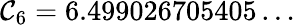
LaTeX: \mathcal{C}_{6}=6.499026705405\ldots